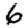
Digit: 6